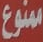
ممنوع